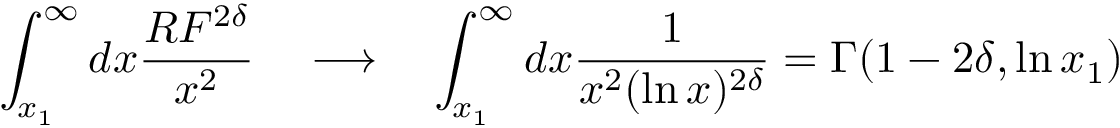
\int _ { x _ { 1 } } ^ { \infty } d x \frac { R F ^ { 2 \delta } } { x ^ { 2 } } \quad \longrightarrow \quad \int _ { x _ { 1 } } ^ { \infty } d x \frac { 1 } { x ^ { 2 } ( \ln x ) ^ { 2 \delta } } = \Gamma ( 1 - 2 \delta , \ln x _ { 1 } )